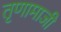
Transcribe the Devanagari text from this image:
तृणामाजी